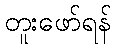
တူးဖော်ရန်